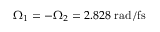
\Omega _ { 1 } = - \Omega _ { 2 } = 2 . 8 2 8 ~ \mathrm { r a d / f s }